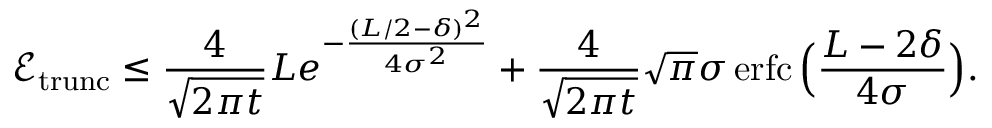
\mathcal { E } _ { \mathrm { t r u n c } } \leq \frac { 4 } { \sqrt { 2 \pi t } } L e ^ { - \frac { ( L / 2 - \delta ) ^ { 2 } } { 4 \sigma ^ { 2 } } } + \frac { 4 } { \sqrt { 2 \pi t } } \sqrt { \pi } \sigma \operatorname { e r f c } \Big ( \frac { L - 2 \delta } { 4 \sigma } \Big ) .